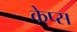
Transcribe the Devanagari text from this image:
केप्स